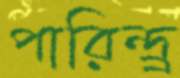
পারিন্দ্র্র